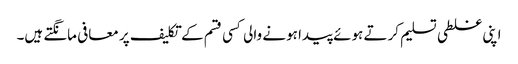
اپنی غلطی تسلیم کرتے ہوئے پیدا ہونے والی کسی قسم کے تکلیف پر معافی مانگتے ہیں۔